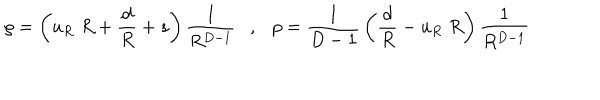
\rho = \left( u _ { R } \; R + { \frac { d } { R } } + s \right) { \frac { 1 } { R ^ { D - 1 } } } , p = { \frac { 1 } { D - 1 } } \left( { \frac { d } { R } } - u _ { R } \; R \right) { \frac { 1 } { R ^ { D - 1 } } }